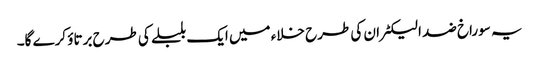
یہ سوراخ ضد الیکٹران کی طرح خلاء میں ایک بلبلے کی طرح برتاؤ کرے گا۔